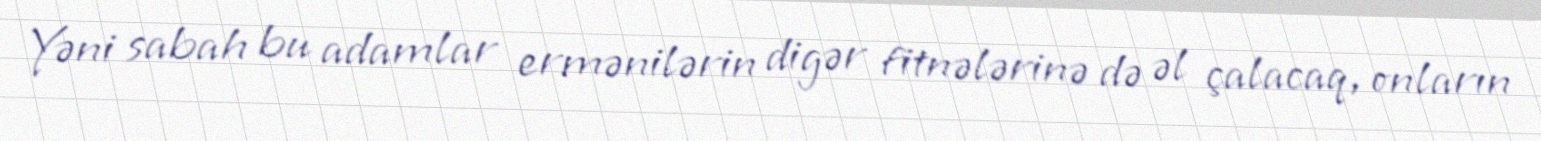
Yəni sabah bu adamlar ermənilərin digər fitnələrinə də əl çalacaq, onların